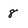
Character: 8